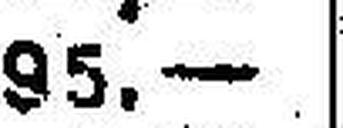
95.—